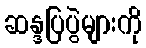
ဆန္ဒပြပွဲများကို